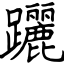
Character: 躧